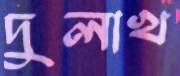
দুলাখ